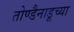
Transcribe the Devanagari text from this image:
तोण्डैनाडूच्या